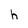
Character: h